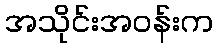
အသိုင်းအဝန်းက